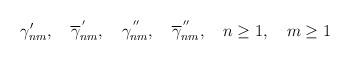
LaTeX: \begin{align*} \gamma'_{nm}, \quad \overline{\gamma}_{nm}^{\,'}, \quad {\gamma}_{nm}^{\,''}, \quad \overline{\gamma}_{nm}^{\,''}, \quad n\geq 1, \quad m\geq 1\end{align*}